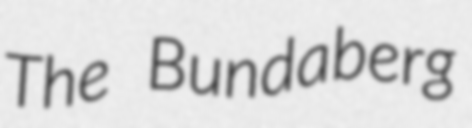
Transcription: The Bundaberg